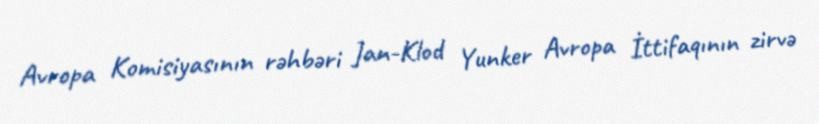
Avropa Komisiyasının rəhbəri Jan-Klod Yunker Avropa İttifaqının zirvə